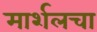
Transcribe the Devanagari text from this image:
मार्शलचा